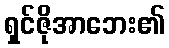
ရှင်ဇိုအာဘေး၏